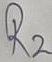
Text: R2